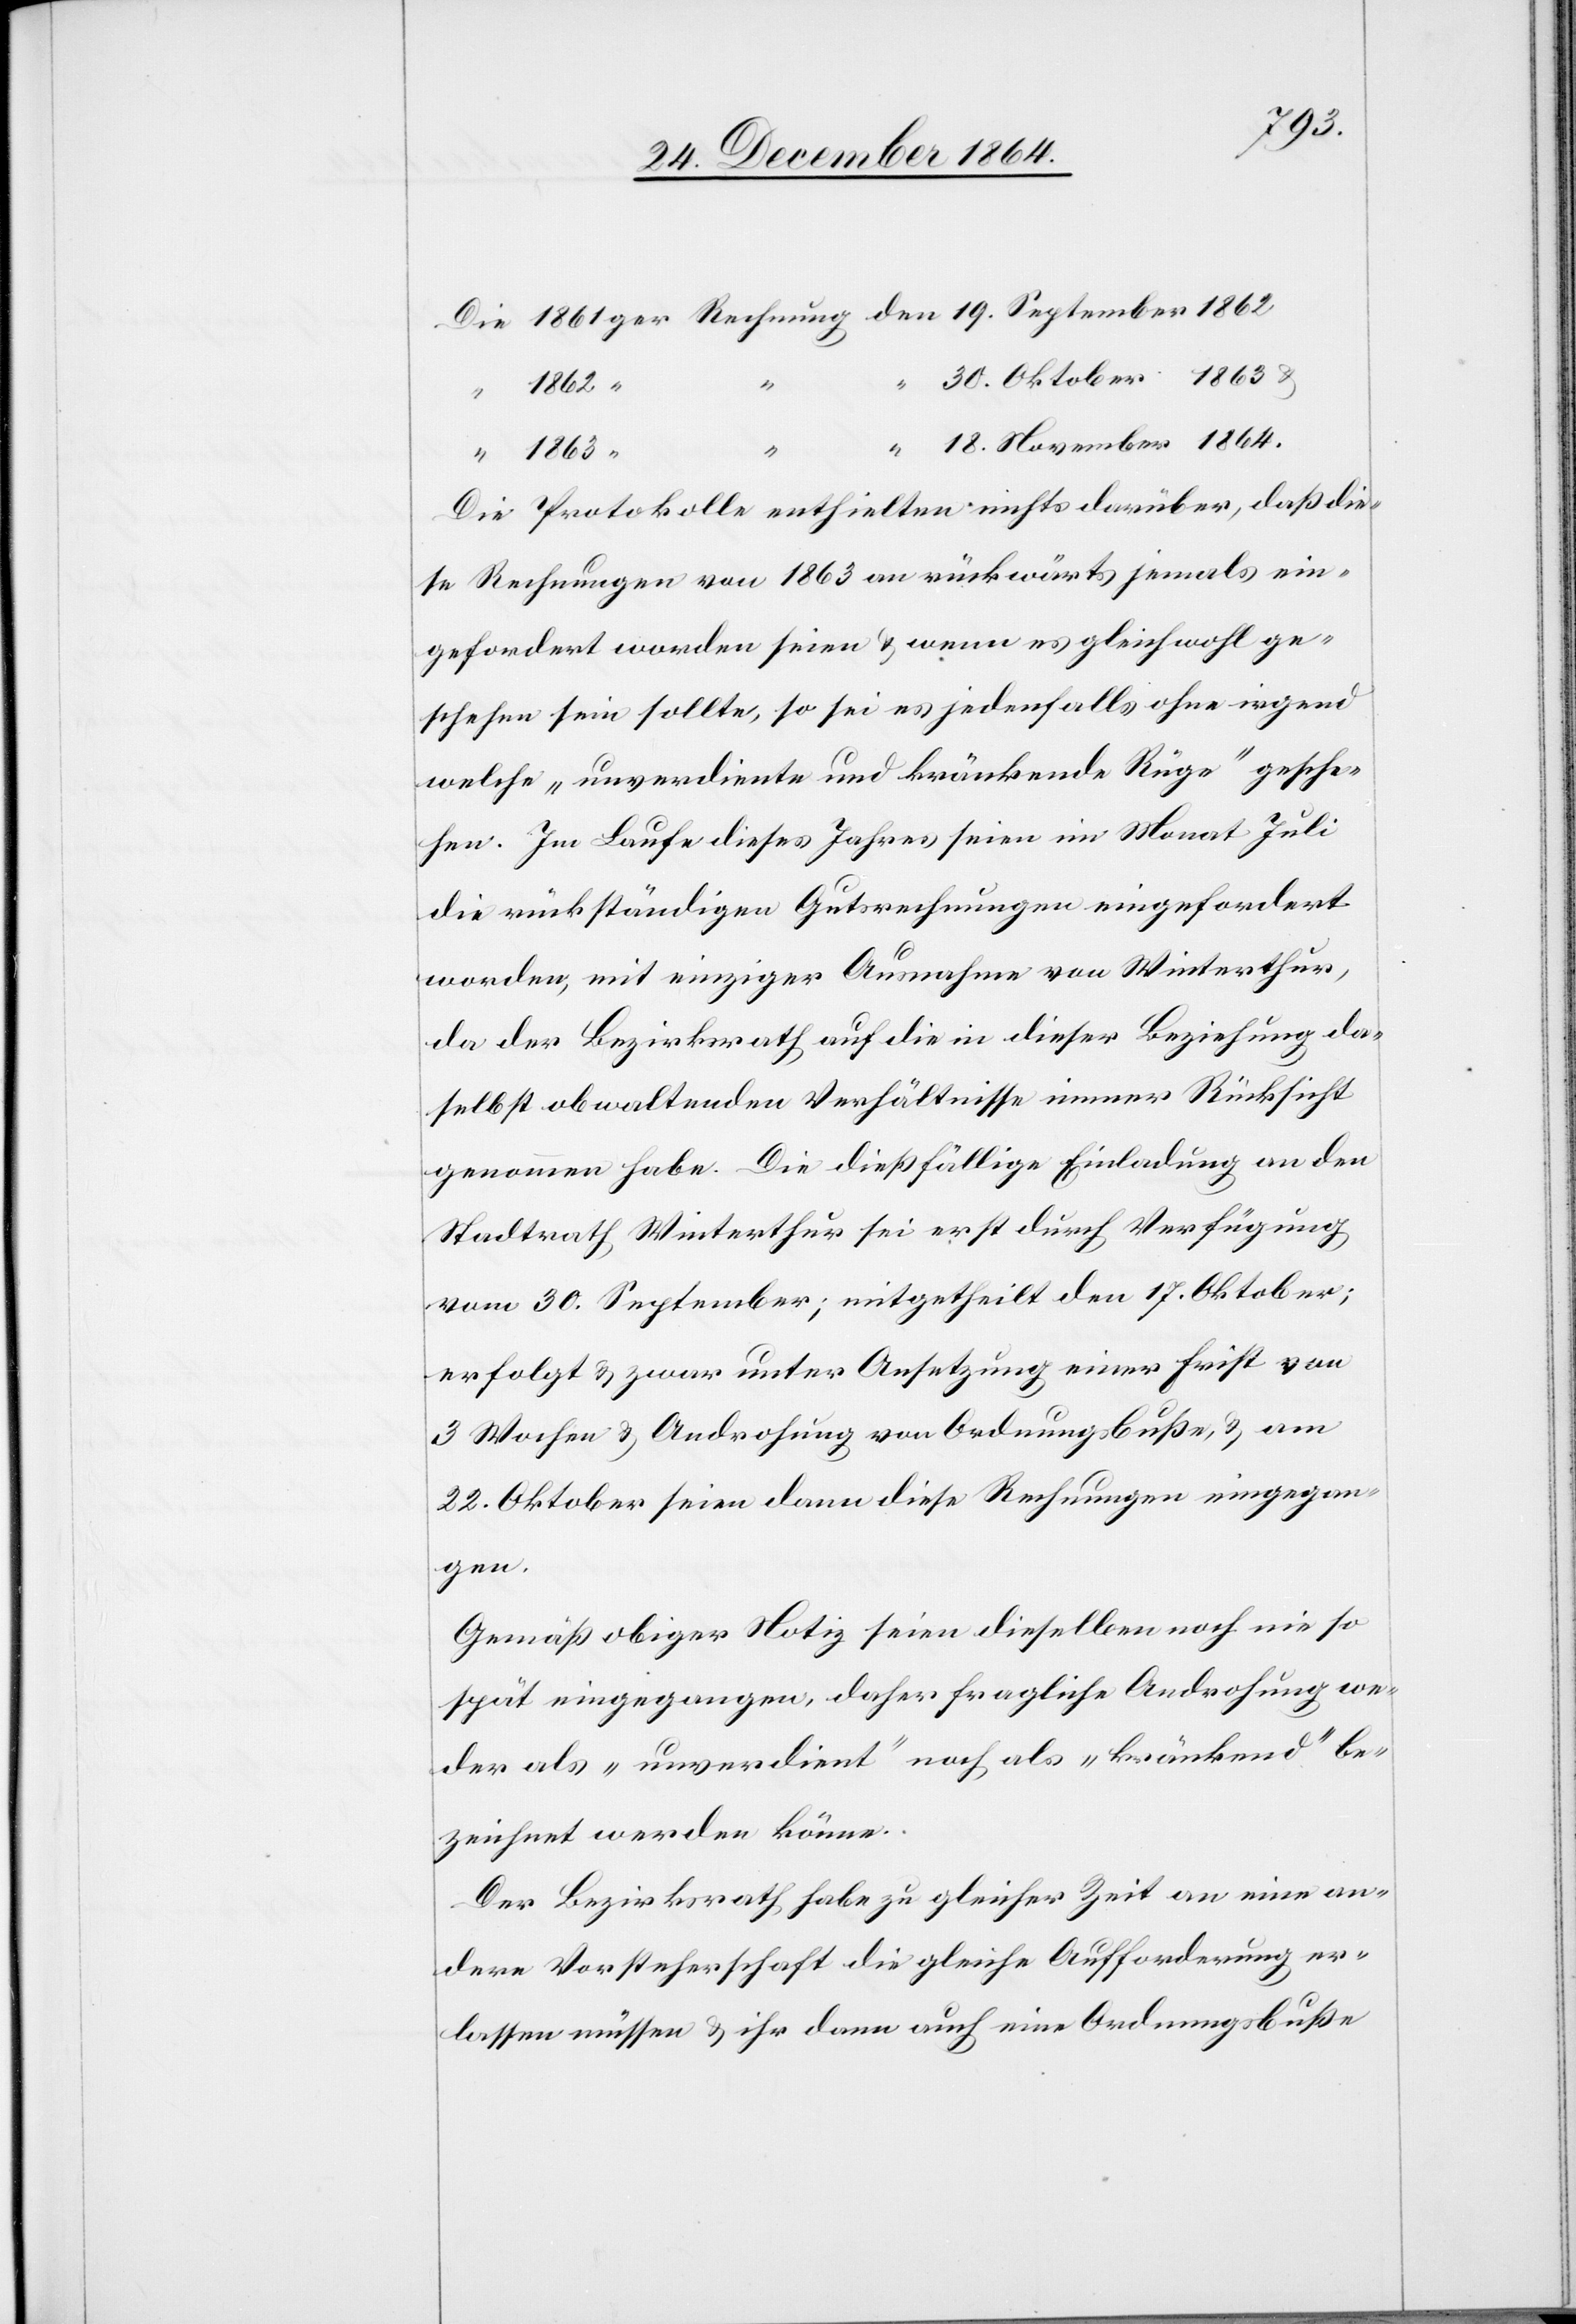
18.
1864
.
Die Protokolle enthielten nichts darüber, daß die¬
se Rechnungen von 1863 an rückwärts jemals ein¬
gefordert worden seien & wenn es gleichwohl ge¬
schehen sein sollte, so sei es jedenfalls ohne irgend
welche „unverdiente und kränkende Rüge“ gesche¬
hen. Im Laufe dieses Jahres seien im Monat Juli
die rückständigen Gutsrechnungen eingefordert
worden, mit einziger Ausnahme von Winterthur,
da der Bezirksrath auf die in dieser Beziehung da¬
selbst obwaltenden Verhältnisse immer Rücksicht
genommen habe. Die dießfällige Einladung an den
Stadtrath Winterthur sei erst durch Verfügung
vom 30. September; mitgetheilt den 17. Oktober;
erfolgt & zwar unter Ansetzung einer Frist von
3 Wochen & Androhung von Ordnungsbuße & am
22. Oktober seien dann diese Rechnungen eingegan¬
gen.
Gemäß obiger Notiz seien dieselben noch nie so
spät eingegangen, daher fragliche Androhung we¬
der als „unverdient“ noch als „kränkend“ be¬
zeichnet werden könne.
Der Bezirksrath habe zu gleicher Zeit an eine an¬
dere Vorsteherschaft die gleiche Aufforderung er¬
lassen müssen & ihr dann auch eine Ordnungsbuße